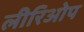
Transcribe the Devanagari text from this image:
लीरिओप